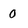
Character: 0